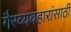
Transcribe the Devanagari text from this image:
गैरव्यवहारांसाठी